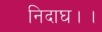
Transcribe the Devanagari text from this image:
निदाघ।।